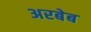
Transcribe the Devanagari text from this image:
अरबेब